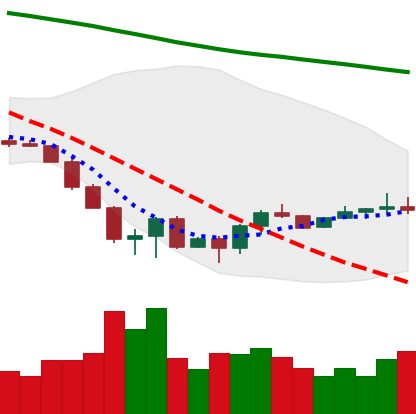
Ticker: ETC-USD
Chart end date: 2022-06-27
Forward return: -10.628%
Label: down_7plus